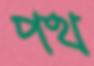
পথ